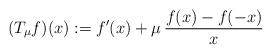
LaTeX: \begin{align*}(T_\mu f)(x):=f'(x)+\mu\,\frac{f(x)-f(-x)}x\end{align*}